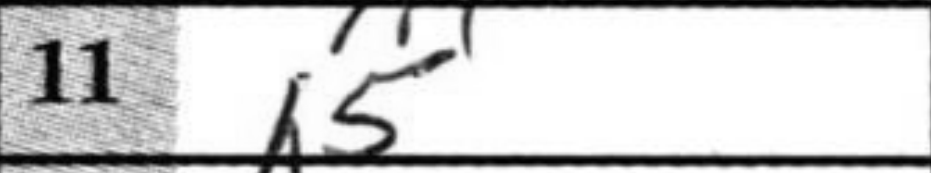
Transcription: h5